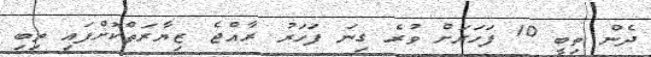
ދެން ތިބީ 10 ފަހަރަށް ވުރެ ގިނަ ފަހަރު ރާއްޖެ ޒިޔާރަތްކޮށްފައި ތިބި